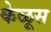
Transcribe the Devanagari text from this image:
केळूस